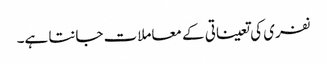
نفری کی تعیناتی کے معاملات جانتا ہے۔